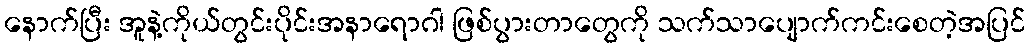
နောက်ပြီး အူနဲ့ကိုယ်တွင်းပိုင်းအနာရောဂါ ဖြစ်ပွားတာတွေကို သက်သာပျောက်ကင်းစေတဲ့အပြင်